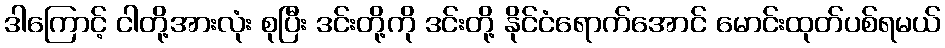
ဒါကြောင့် ငါတို့အားလုံး စုပြီး ဒင်းတို့ကို ဒင်းတို့ နိုင်ငံရောက်အောင် မောင်းထုတ်ပစ်ရမယ်